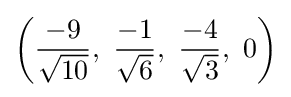
\left({\frac {-9}{\sqrt {10}}},\ {\frac {-1}{\sqrt {6}}},\ {\frac {-4}{\sqrt {3}}},\ 0\right)